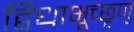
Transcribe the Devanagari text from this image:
द्विधाभूच्छृणु